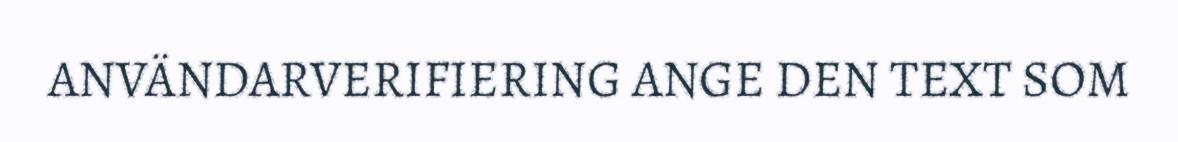
ANVÄNDARVERIFIERING ANGE DEN TEXT SOM